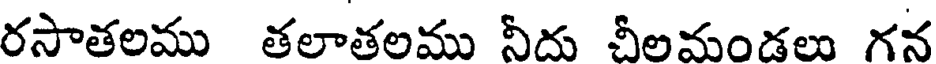
రసాతలము తలాతలము నీదు చీలమండలు గన